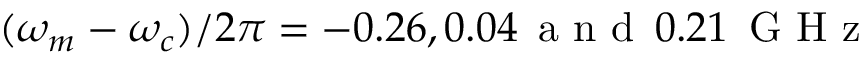
( \omega _ { m } - \omega _ { c } ) / 2 \pi = - 0 . 2 6 , 0 . 0 4 \, \textrm { a n d } \, 0 . 2 1 \, \textrm { G H z }